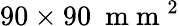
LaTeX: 90\times 90~\mathrm{~m~m~}^{2}